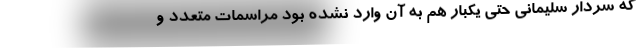
که سردار سلیمانی حتی یکبار هم به آن وارد نشده بود مراسمات متعدد و